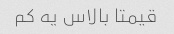
قیمتا بالاس یه کم